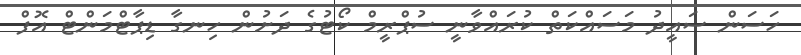
ހަސަން ސައީދު މަސައްކަތް ކުރައްވާނީ ސުޕްރީމް ކޯޓުގެ ދަށުން ހިނގާ ޑިޕާޓްމަންޓް އޮފް